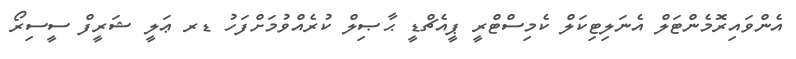
އެންވައިރޮމެންޓަލް އެނަލިޓިކަލް ކެމިސްޓްރީ ޕީއެޗްޑީ ޙާޞިލް ކުރެއްވުމަށްފަހު ޑރ ޢަލީ ޝަރީފް ސީސިރޯ